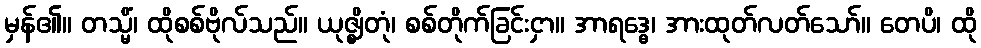
မှန်၏။ တသ္မိံ၊ ထိုစစ်ဗိုလ်သည်။ ယုဇ္ဈိတုံ၊ စစ်တိုက်ခြင်းငှာ။ အာရဒ္ဓေ၊ အားထုတ်လတ်သော်။ တေပိ၊ ထို